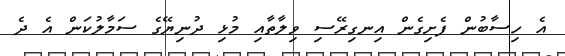
އެ ހިސާބުން ފެށިގެން އިނގިރޭސި ވިލާތާއި މުޅި ދުނިޔޭގެ ސަމާލުކަން އެ ދެ